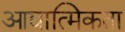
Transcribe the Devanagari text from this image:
आद्यात्मिकता